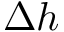
\Delta h